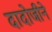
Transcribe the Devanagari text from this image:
दादोजीने